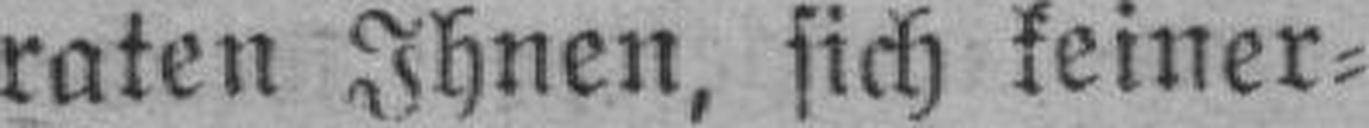
raten Ihnen, sich keiner¬